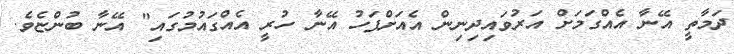
ދަމާތީ އޭނާ އެއްގަމަށް އަރުވައިދިނިން އެއަށްފަހު އޭނާ ހުރީ އެއްގައުމުގައި" އޭނާ ބުންޏެވެ.